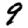
Digit: 9